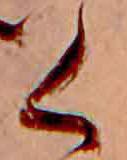
く